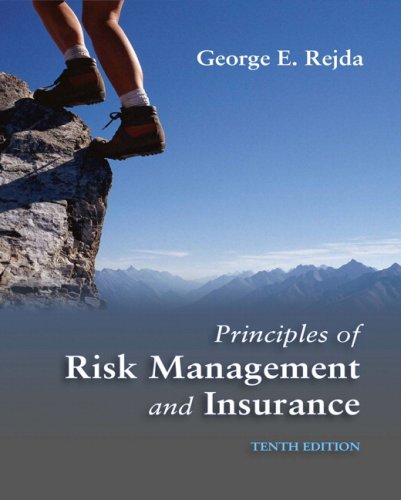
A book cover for Principles of Risk Management and Insurance (10th Edition); George E. Rejda; Business & Money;